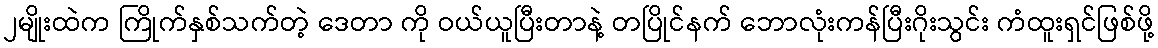
၂မျိုးထဲက ကြိုက်နှစ်သက်တဲ့ ဒေတာ ကို ဝယ်ယူပြီးတာနဲ့ တပြိုင်နက် ဘောလုံးကန်ပြီးဂိုးသွင်း ကံထူးရှင်ဖြစ်ဖို့